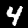
Label: 4